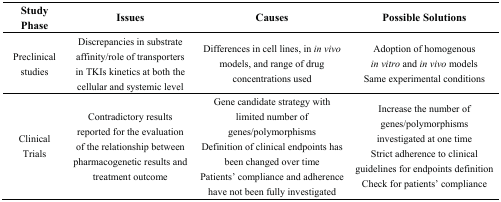
| Study Phase | Issues | Causes | Possible Solutions |
 | --- | --- | --- | --- |
 | Preclinical studies | Discrepancies in substrate affinity/role of transporters in TKIs kinetics at both the cellular and systemic level | Differences in cell lines, in in vivo models, and range of drug concentrations used | Adoption of homogenous in vitro and in vivo models Same experimental conditions |
 | Clinical Trials | Contradictory results reported for the evaluation of the relationship between pharmacogenetic results and treatment outcome | Gene candidate strategy with limited number of genes/polymorphisms Definition of clinical endpoints has been changed over time Patients’ compliance and adherence have not been fully investigated | Increase the number of genes/polymorphisms investigated at one time Strict adherence to clinical guidelines for endpoints definition Check for patients’ compliance |